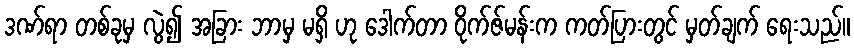
ဒဏ်ရာ တစ်ခုမှ လွဲ၍ အခြား ဘာမှ မရှိ ဟု ဒေါက်တာ ဝိုက်ဇ်မန်းက ကတ်ပြားတွင် မှတ်ချက် ရေးသည်။